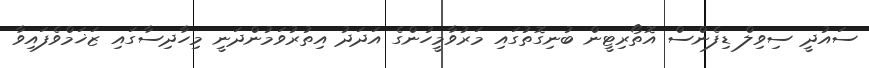
ސައުދީ ސިވިލް ޑިފެންސް އޮތޯރިޓީން ބުނިގޮތުގައި މަރުވާމީހުންގެ އަދަދު އިތުުރުވަމުންދަނީ މިހާދިސާގައި ޒަޚަމްވެފައިވާ